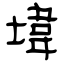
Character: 㙔